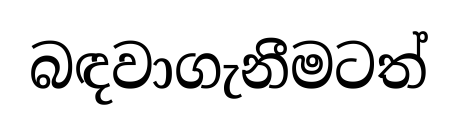
බඳවාගැනීමටත්